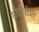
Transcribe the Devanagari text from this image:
सीडीपीओ